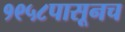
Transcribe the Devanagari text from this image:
१९५८पासूनच